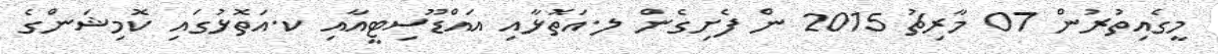
މީގެއިތުރުން 07 މާރިޗު 2015 ން ފެށިގެން ލ.އަތޮޅާއި އައްޑޫސިޓީއާއި ކ.އަތޮޅުގައި ކޮމިޝަންގެ